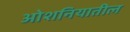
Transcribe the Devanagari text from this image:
ओशनियातील